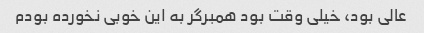
عالی بود، خیلی وقت بود همبرگر به این خوبی نخورده بودم